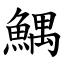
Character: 鰅